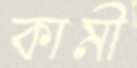
কামী